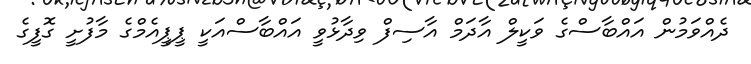
ދެއްވަމުން އައްބާސްގެ ވަކީލް އާދަމް އާސިފް ވިދާޅުވީ އައްބާސްއަކީ ޕީޕީއެމްގެ މާފުށީ ގޮފީގެ